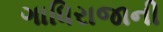
ગાધિરાજાની